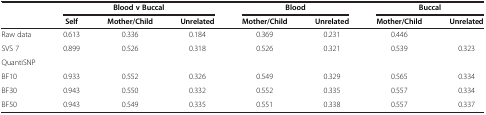
<table><thead><tr><td><b> </b></td><td colspan="3"><b>Blood v Buccal</b></td><td><b> </b></td><td colspan="2"><b>Blood</b></td><td colspan="8"><b>Buccal</b></td></tr><tr><td><b> </b></td><td><b>Self</b></td><td><b>Mother/Child</b></td><td><b>Unrelated</b></td><td><b>Mother/Child</b></td><td><b>Unrelated</b></td><td><b>Mother/Child</b></td><td><b>Unrelated</b></td><td><b> </b></td><td><b> </b></td><td><b> </b></td><td><b> </b></td><td><b> </b></td><td><b> </b></td><td><b> </b></td></tr></thead><tbody><tr><td>Raw data</td><td>0.613</td><td>0.336</td><td>0.184</td><td>0.369</td><td>0.231</td><td>0.446</td><td> </td></tr><tr><td>SVS 7</td><td>0.899</td><td>0.526</td><td>0.318</td><td>0.526</td><td>0.321</td><td>0.539</td><td>0.323</td></tr><tr><td>QuantiSNP</td><td> </td><td> </td><td> </td><td> </td><td> </td><td> </td><td> </td></tr><tr><td>BF10</td><td>0.933</td><td>0.552</td><td>0.326</td><td>0.549</td><td>0.329</td><td>0.565</td><td>0.334</td></tr><tr><td>BF30</td><td>0.943</td><td>0.550</td><td>0.332</td><td>0.552</td><td>0.335</td><td>0.557</td><td>0.334</td></tr><tr><td>BF50</td><td>0.943</td><td>0.549</td><td>0.335</td><td>0.551</td><td>0.338</td><td>0.557</td><td>0.337</td></tr></tbody></table>